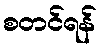
စတင်ရန်